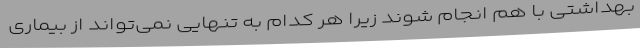
بهداشتی با هم انجام شوند زیرا هر کدام به تنهایی نمی‌تواند از بیماری